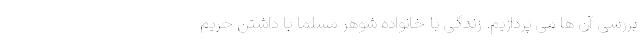
بررسی آن ها می پردازیم. زندگی با خانواده شوهر مسلما با داشتن حریم